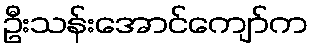
ဦးသန်းအောင်ကျော်က